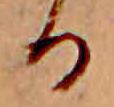
る